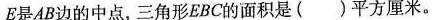
E是AB边的中点，三角形EBC的面积是(